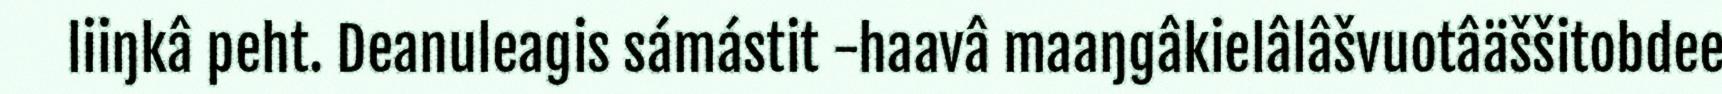
liiŋkâ peht. Deanuleagis sámástit -haavâ maaŋgâkielâlâšvuotâäššitobdee